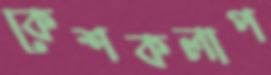
কেশকলাপ